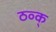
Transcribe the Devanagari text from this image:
ठव्क्